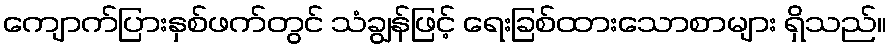
ကျောက်ပြားနှစ်ဖက်တွင် သံချွန်ဖြင့် ရေးခြစ်ထားသောစာများ ရှိသည်။